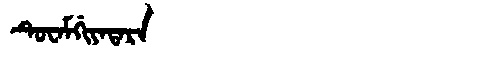
Manchu: ᡨᡠᠸᠠᠮᡤᡳᠶᠠᡨᠠᡵᠠ
Romanization: TUWAMGIYATARA